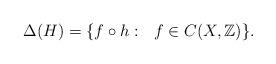
LaTeX: \begin{align*} \Delta(H) = \{f \circ h: \ \ f \in C(X,\mathbb{Z}) \}. \end{align*}